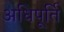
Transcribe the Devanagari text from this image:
अधिपूर्ति